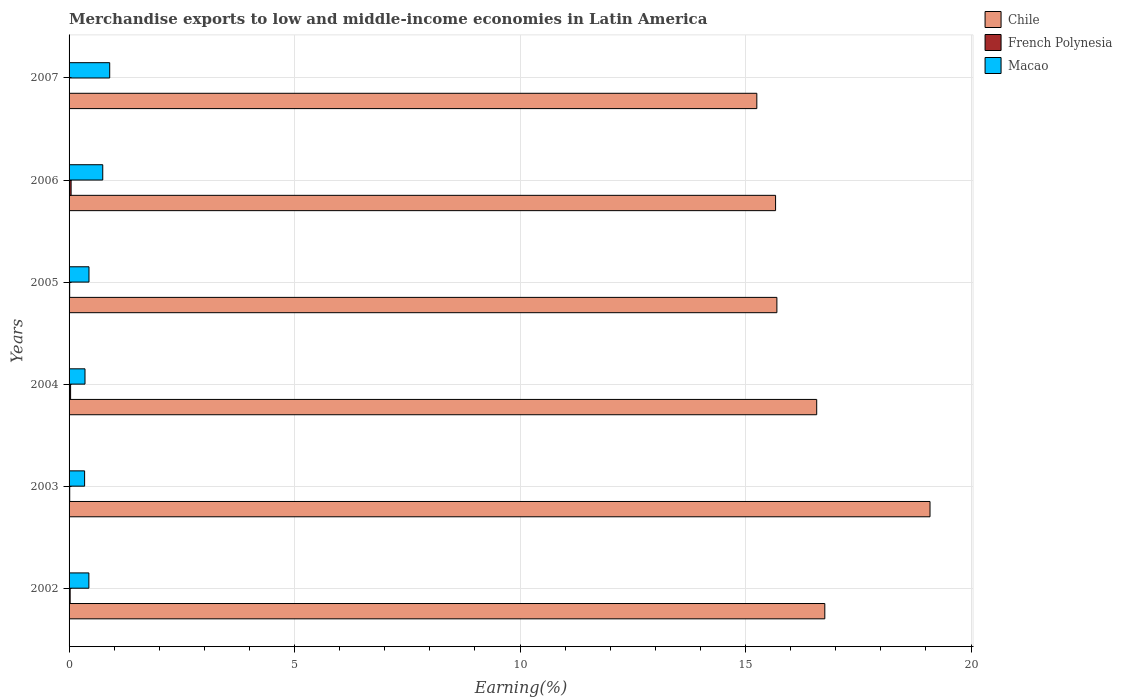
| Years | Chile | French Polynesia | Macao |
 | --- | --- | --- | --- |
 | 2002 | 16.8 | 0.024 | 0.439 |
 | 2003 | 19.1 | 0.0143 | 0.344 |
 | 2004 | 16.6 | 0.0338 | 0.353 |
 | 2005 | 15.7 | 0.0135 | 0.442 |
 | 2006 | 15.7 | 0.0452 | 0.747 |
 | 2007 | 15.3 | 0.00135 | 0.901 |